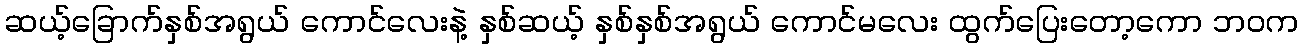
ဆယ့်ခြောက်နှစ်အရွယ် ကောင်လေးနဲ့ နှစ်ဆယ့် နှစ်နှစ်အရွယ် ကောင်မလေး ထွက်ပြေးတော့ကော ဘဝက